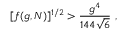
[ f ( g , N ) ] ^ { 1 / 2 } > { \frac { g ^ { 4 } } { 1 4 4 \sqrt { 6 } } } ~ ,